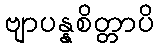
ဗျာပန္နစိတ္တာပိ